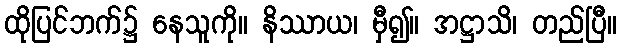
ထိုပြင်ဘက်၌ နေသူကို။ နိဿာယ၊ မှီ၍။ အဋ္ဌာသိ၊ တည်ပြီ။